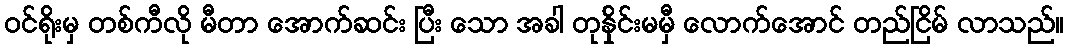
ဝင်ရိုးမှ တစ်ကီလို မီတာ အောက်ဆင်း ပြီး သော အခါ တုန်ှိုင်းမမှီ လောက်အောင် တည်ငြိမ် လာသည်။